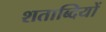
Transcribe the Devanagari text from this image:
शताब्‍दियों